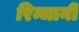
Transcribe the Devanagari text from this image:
रिन्जानी